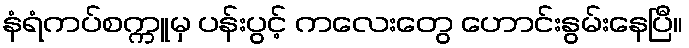
နံရံကပ်စက္ကူမှ ပန်းပွင့် ကလေးတွေ ဟောင်းနွမ်းနေပြီ။